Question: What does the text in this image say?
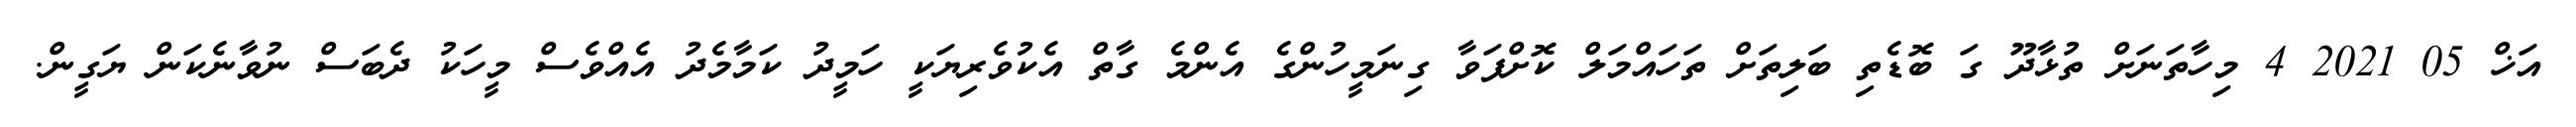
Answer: އަޚް 05 2021 4 މިހާތަނަށް ތުޅާދޫ ގަ ބޮޑެތި ބަލިތަށް ތަހައްމަލް ކޮށްފަވާ ގިނަމީހުންގެ އެންމެ ގާތް އެކުވެރިޔަކީ ހަމީދު ކަމާމެދު އެއްވެސް މީހަކު ދެބަސް ނުވާނެކަން ޔަގީން.